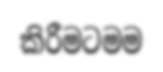
කිරීමටමම